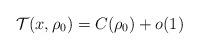
LaTeX: \begin{align*}\mathcal{T}(x, \rho_{0}) = C(\rho_{0})+o(1)\end{align*}